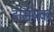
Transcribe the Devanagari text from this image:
दमियक